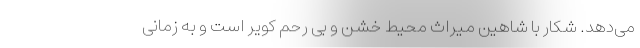
می‌دهد. شکار با شاهین میراث محیط خشن و بی رحم کویر است و به زمانی